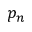
p _ { n }